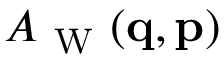
A _ { \mathrm { ~ W ~ } } ( \ensuremath { \mathbf { q } } , \ensuremath { \mathbf { p } } )